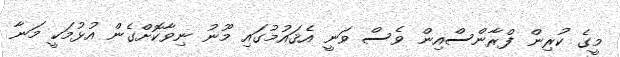
މީގެ ކުރިން ފްރާންސްއިން ވެސް ވަނީ އެޤައުމުގައި މޫނު ނިވާކޮށްގެން އުޅުމަކީ މަނާ